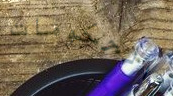
الحكومات